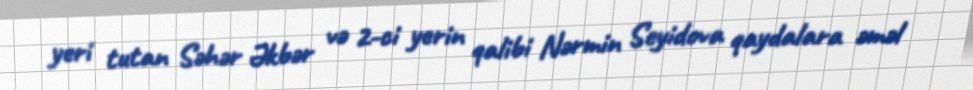
yeri tutan Səhər Əkbər və 2-ci yerin qalibi Nərmin Seyidova qaydalara əməl